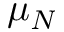
\mu _ { N }